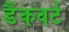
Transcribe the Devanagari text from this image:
डैंकवर्ट